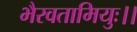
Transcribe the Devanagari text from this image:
भैरवतामियुः।।